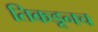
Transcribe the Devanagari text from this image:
तिकडूनच